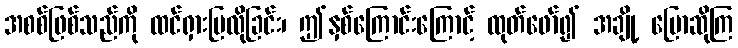
အစစ်ဖြစ်သည်ကို ထင်ရှားပြလိုခြင်း၊ ဤနှစ်ကြောင်းကြောင့် ထုတ်ဖော်၍ အချို့ ပြောဆိုကြ